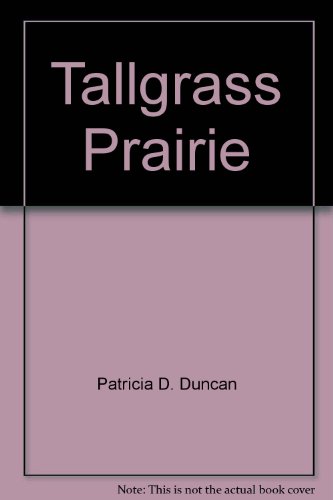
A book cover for Tallgrass Prairie; Travel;